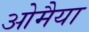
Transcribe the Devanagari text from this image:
ओमैया